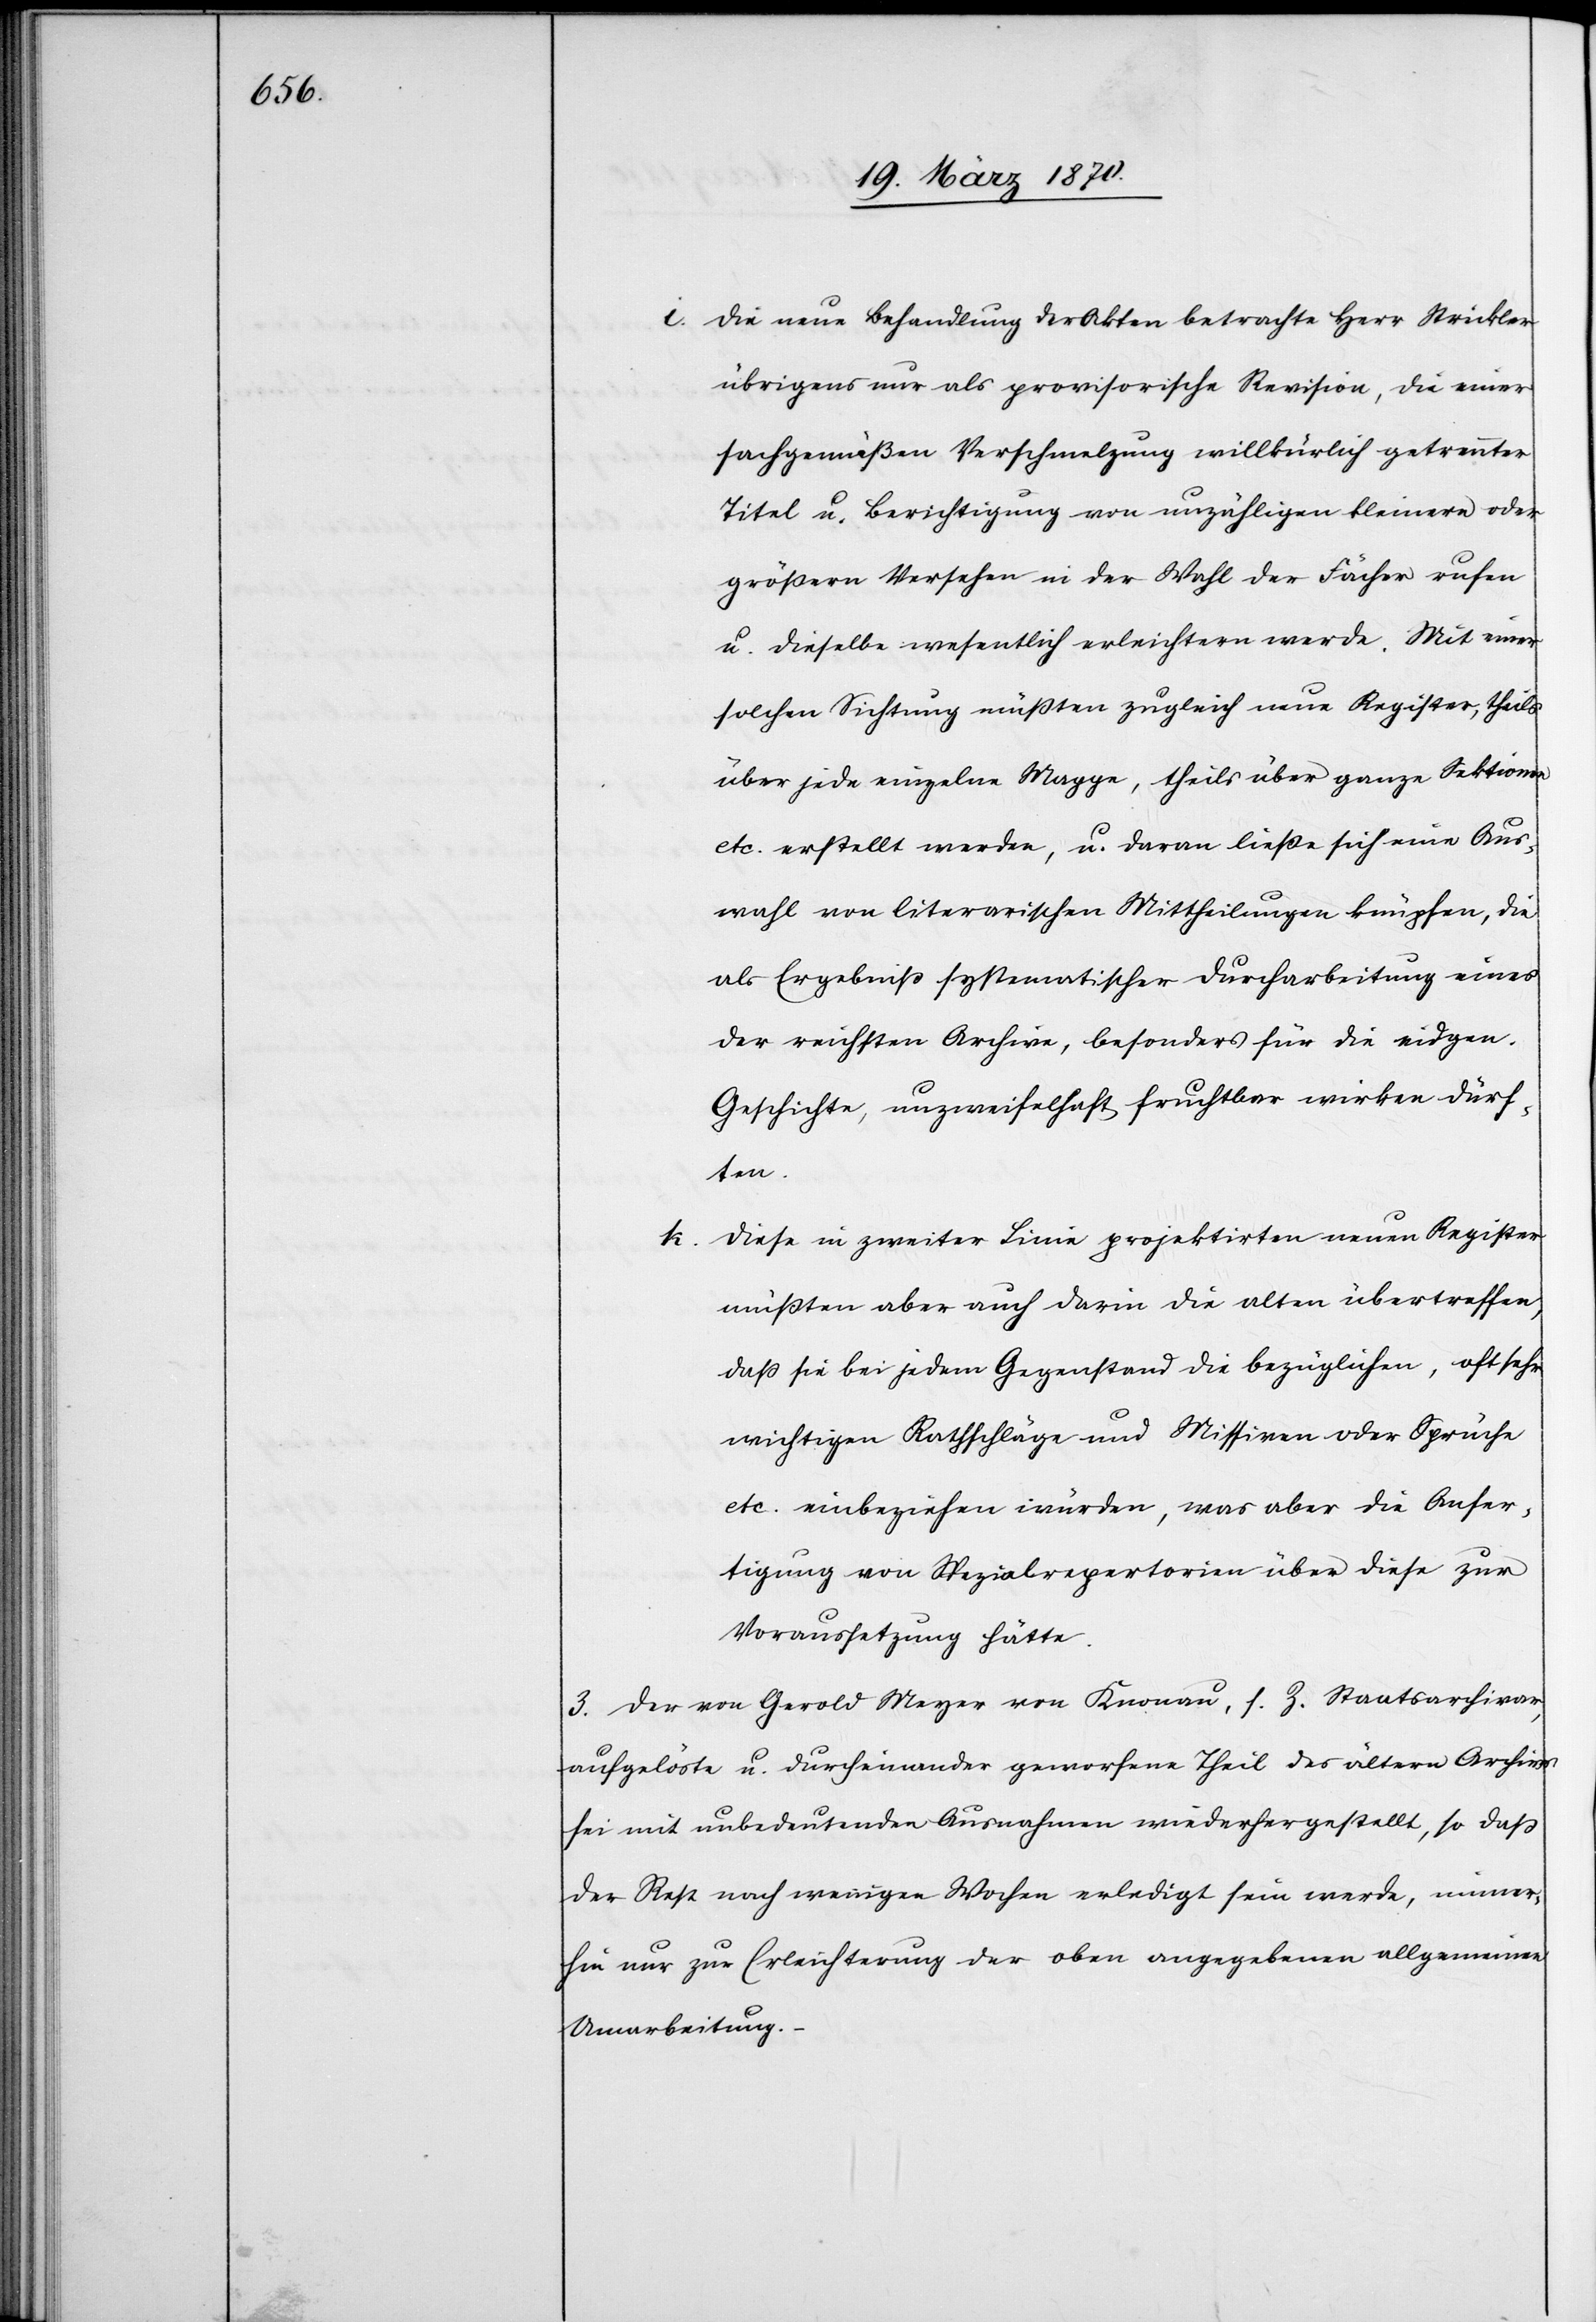
i. Die neue Behandlung der Akten betrachte Herr Strickler
übrigens nur als provisorische Revision, die einer
sachgemäßen Verschmelzung willkürlich getrennter
Titel u. Berichtigung von unzähligen kleinern oder
größern Versehen in der Wahl der Fächer rufen
u. dieselbe wesentlich erleichtern werde. Mit einer
solchen Sichtung müßten zugleich neue Register, theils
über jede einzelne Mappe, theils über ganze Sektionen
etc. erstellt werden, u. daran ließe sich eine Aus¬
wahl von literarischen Mittheilungen knüpfen, die
als Ergebniß systematischer Durcharbeitung eines
der reichsten Archive, besonders für die eidgen.
Geschichte, unzweifelhaft fruchtbar wirken dürf¬
ten.
k. Diese in zweiter Linie projektirten neuen Register
müßten aber auch darin die alten übertreffen,
daß sie bei jedem Gegenstand die bezügliche, oft sehr
wichtigen Rathschläge und Missiven oder Sprüche
etc. einbeziehen würden, was aber die Anfer¬
tigung von Spezialrepertorien über diese zur
Voraussetzung hätte.
3. Der von Gerold Meyer von Knonau, s. Z. Staatsarchivar,
aufgelöste u. durcheinander geworfene Theil des ältern Archivs
sei mit unbedeutenden Ausnahmen wiederhergestellt, so daß
der Rest in wenigen Wochen erledigt sein werde, immer¬
hin nur zur Erleichterung der oben angegebenen allgemeinen
Umarbeitung.